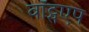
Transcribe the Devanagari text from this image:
वॉट्सएप